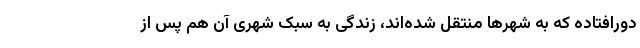
دورافتاده که به شهرها منتقل شده‌اند، زندگی به سبک شهری آن هم پس از